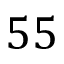
5 5